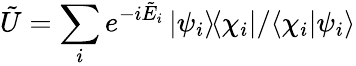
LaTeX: \tilde{U}=\sum_{i}e^{-i\tilde{E}_{i}}\left|{\psi_{i}}\rangle\! \langle{\chi_{i}}\right|/\langle{\chi_{i}}|{\psi_{i}}\rangle